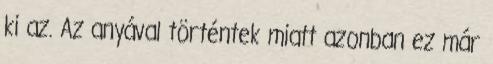
ki az. Az anyával történtek miatt azonban ez már